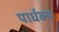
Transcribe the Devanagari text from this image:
पार्धक्य